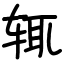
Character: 辄